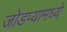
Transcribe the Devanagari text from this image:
जोडप्यामध्ये